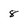
Character: 8